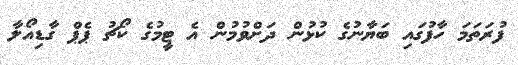
ފުރަތަމަ ހާފުގައި ބަޔާނުގެ ކުޅުން ދަށްވުމުން އެ ޓީމުގެ ކޯޗު ޕެޕް ގާޑިއޯލާ